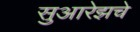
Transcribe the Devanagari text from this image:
सुआरेझचे